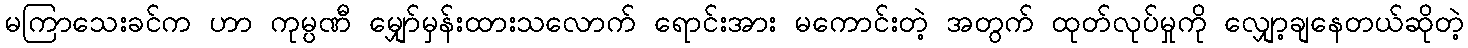
မကြာသေးခင်က ဟာ ကုမ္ပဏီ မျှော်မှန်းထားသလောက် ရောင်းအား မကောင်းတဲ့ အတွက် ထုတ်လုပ်မှုကို လျှော့ချနေတယ်ဆိုတဲ့